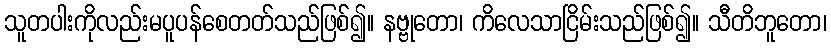
သူတပါးကိုလည်းမပူပန်စေတတ်သည်ဖြစ်၍။ နဗ္ဗုတော၊ ကိလေသာငြိမ်းသည်ဖြစ်၍။ သီတိဘူတော၊